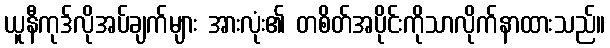
ယူနီကုဒ်လိုအပ်ချက်များ အားလုံး၏ တစိတ်အပိုင်းကိုသာလိုက်နာထားသည်။